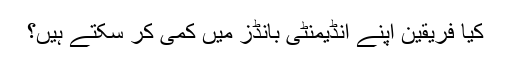
کیا فریقین اپنے انڈیمنٹی بانڈز میں کمی کر سکتے ہیں؟